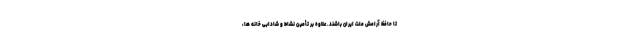
تا حافظ آرامش ملت ایران باشند. علاوه بر تأمین نشاط و شادابی خانه ها،